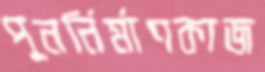
পুনর্নির্মাণকাজ